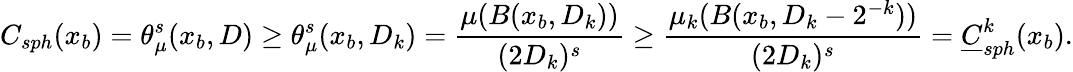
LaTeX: {C}_{sph}(x_{b})=\theta_{\mu}^{s}(x_{b},D)\geq\theta_{\mu}^{s}(x_{b},D_{k})=\frac{\mu(B(x_{b},D_{k}))}{(2D_{k})^{s}}\geq\frac{\mu_{k}(B(x_{b},D_{k}-2^{-k}))}{(2D_{k})^{s}}=\underline{{C}}_{sph}^{k}(x_{b}).